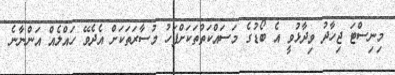
މިނިސްޓަ ޖިހާދު ވިދާޅުވީ އެ ބޯޑުގެ މަސައްކަތްތަކަށްފަހު މުސާރަތަކަށް އެދެވޭ ހައްލެއް އަންނާނެ